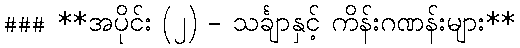
### **အပိုင်း (၂) - သင်္ချာနှင့် ကိန်းဂဏန်းများ**